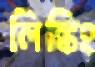
লিঙ্কিং